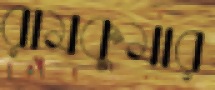
রামকুমার